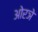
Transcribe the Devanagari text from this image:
ओरञे